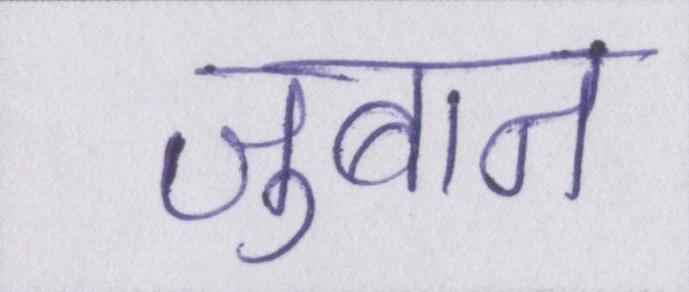
ज़ुबान